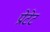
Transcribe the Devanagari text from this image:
प्रोटेट